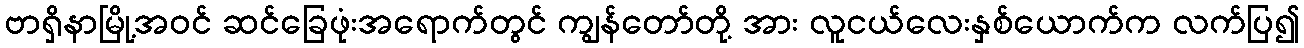
ဗာရှိနာမြို့အဝင် ဆင်ခြေဖုံးအရောက်တွင် ကျွန်တော်တို့ အား လူငယ်လေးနှစ်ယောက်က လက်ပြ၍